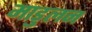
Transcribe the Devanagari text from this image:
माडुलन